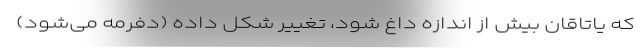
که یاتاقان بیش از اندازه داغ شود، تغییر شکل داده (دِفُرمه می‌شود)